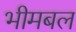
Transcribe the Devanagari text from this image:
भीमबल